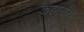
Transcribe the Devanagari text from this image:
करणार्यानी